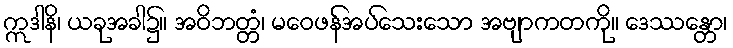
ဣဒါနိ၊ ယခုအခါ၌။ အဝိဘတ္တံ၊ မဝေဖန်အပ်သေးသော အဗျာကတကို။ ဒေဿန္တော၊